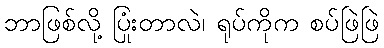
ဘာဖြစ်လို့ ပြုံးတာလဲ၊ ရုပ်ကိုက စပ်ဖြဲဖြဲ